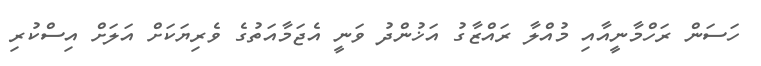
ހަސަން ރަހްމާނީއާއި މުއްލާ ރައްޒާގު އަޚުންދު ވަނީ އެޖަމާއަތުގެ ވެރިޔަކަށް އަލަށް އިސްކުރި